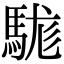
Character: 駹